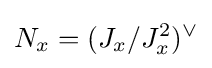
N_{x}=(J_{x}/J_{x}^{2})^{\vee }